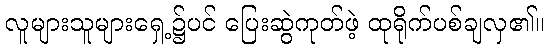
လူများသူများရှေ့၌ပင် ပြေးဆွဲကုတ်ဖဲ့ ထုရိုက်ပစ်ချလှ၏။